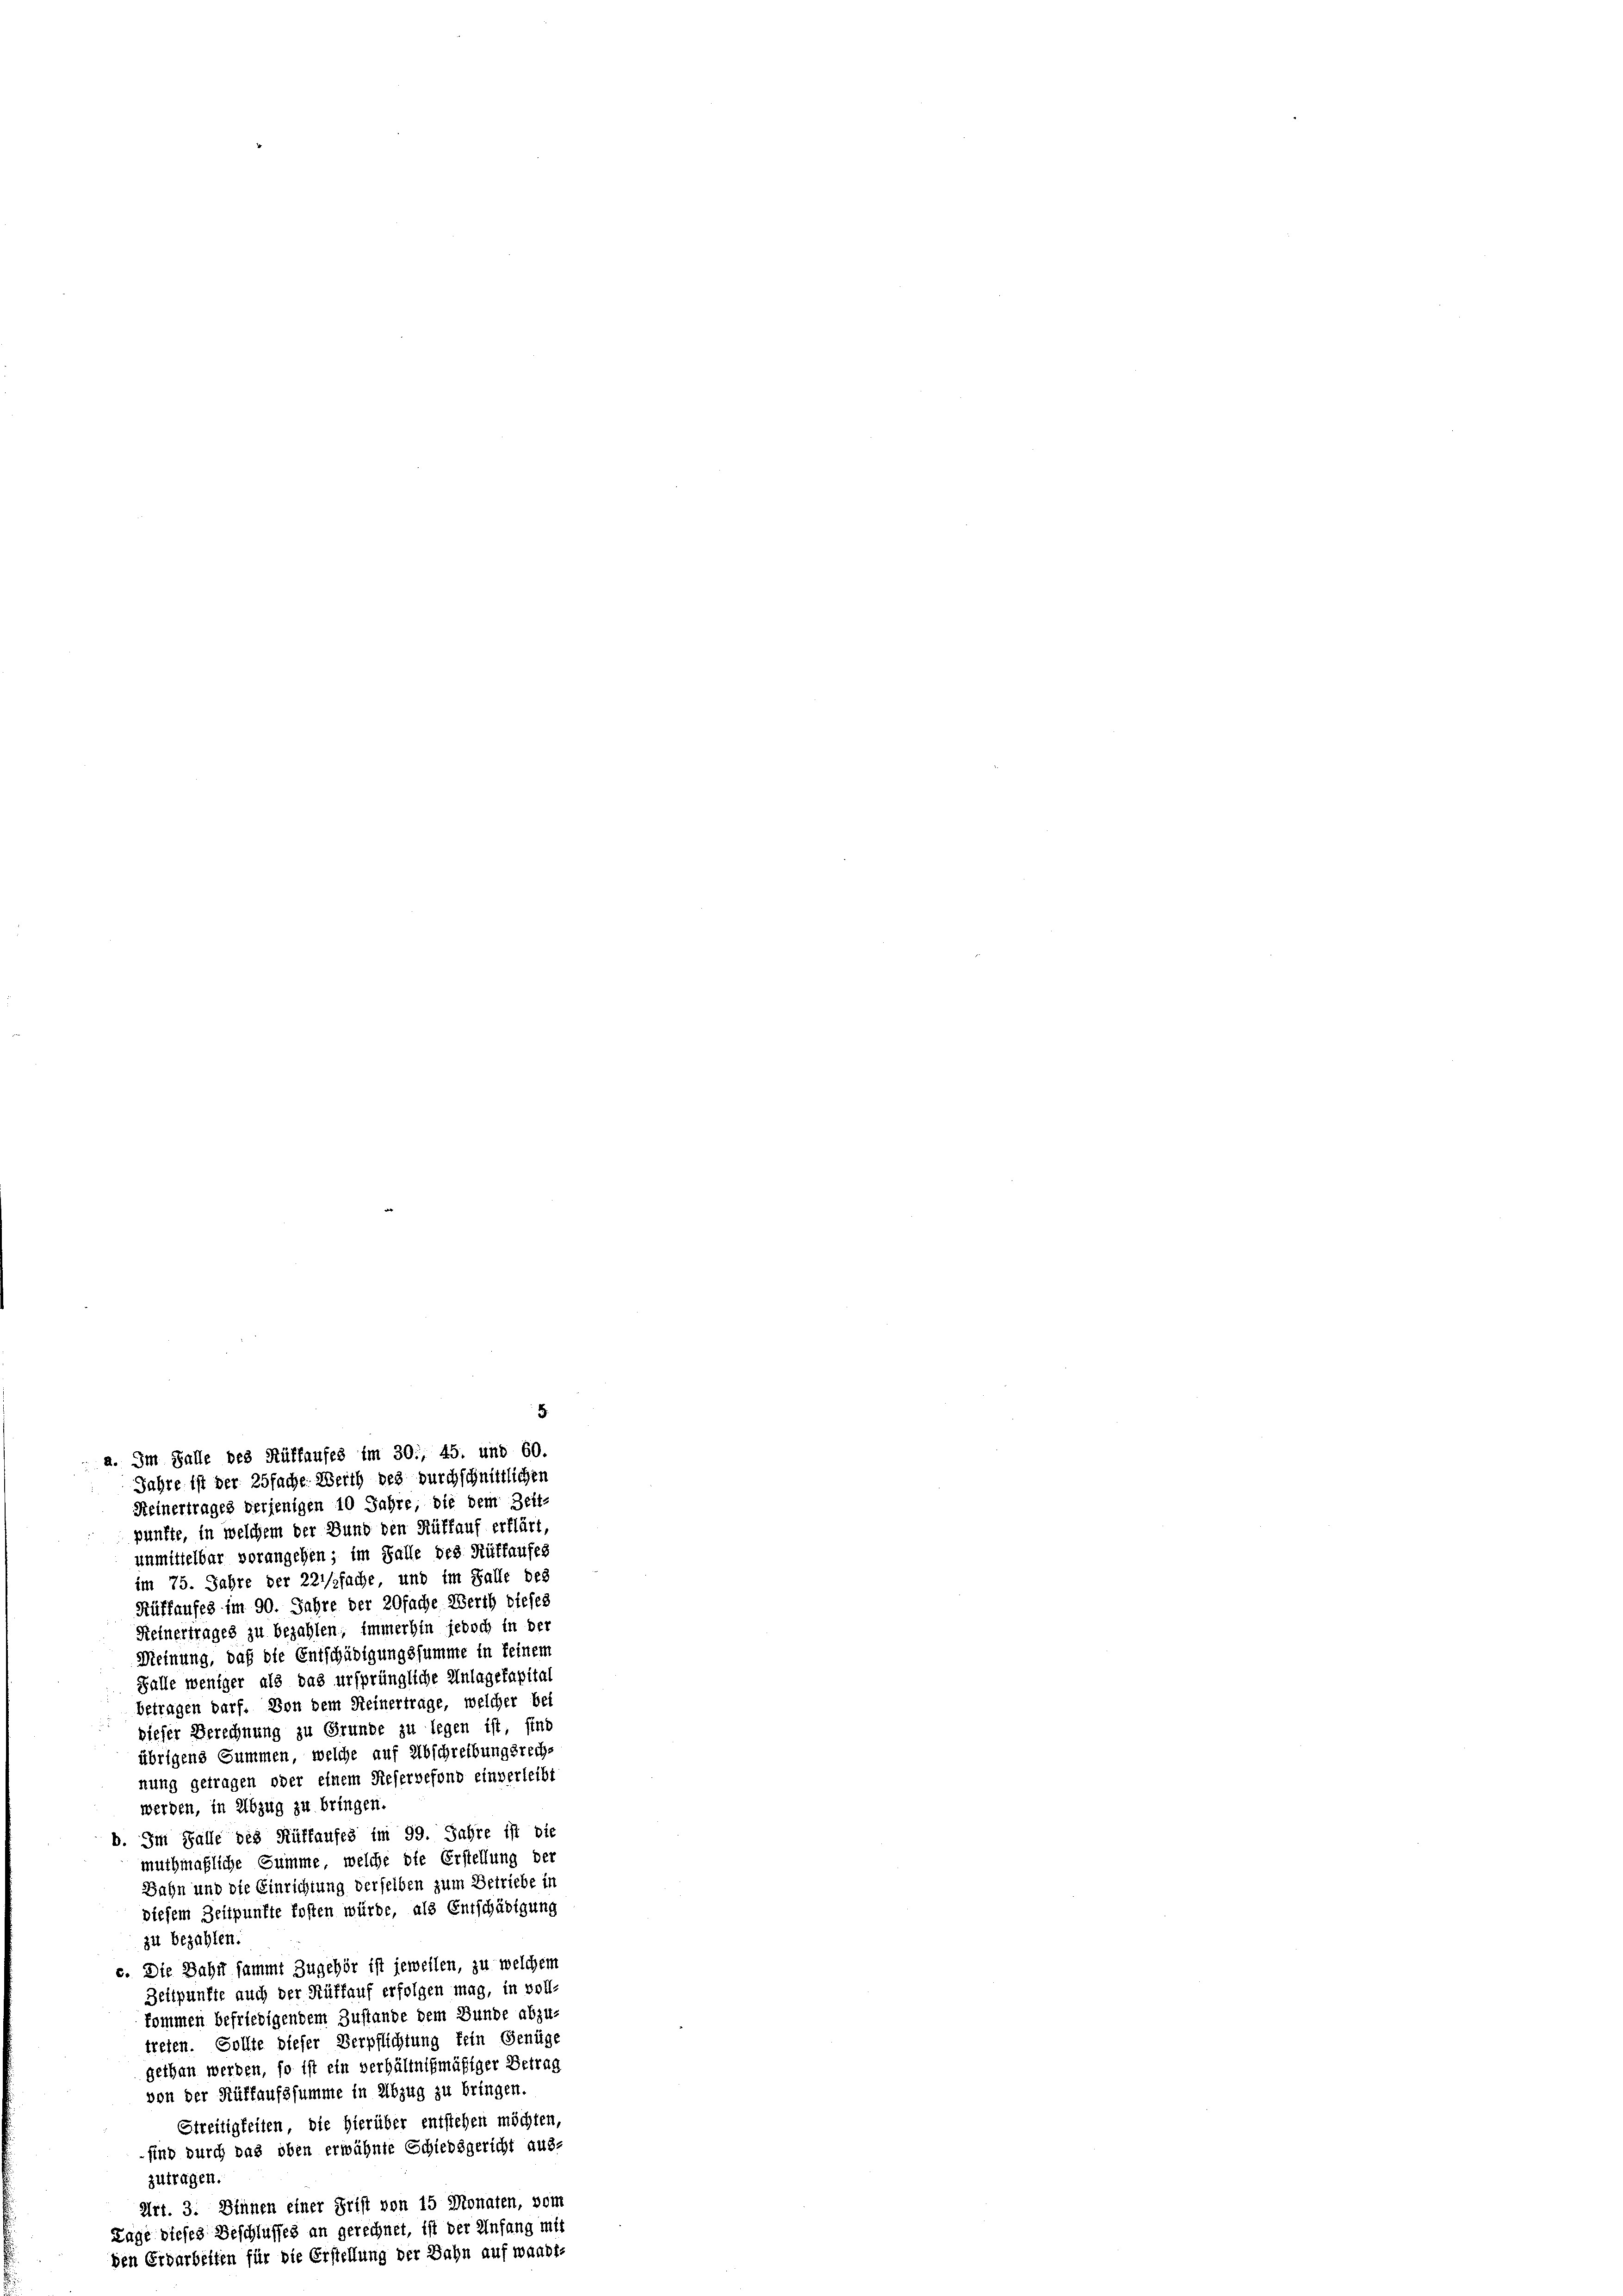
Heinertrages derjenigen 10 Jahre die dem Bett-
pünfte, in welchem der Bund den Rütfauf erklärt,
unmittelbar vorangehen; im Falle des Rüffaufes
im 75. Jahre der 221/2fache und im Falle des
Rüffaufes im 90. Jahre der 20fache Werth dieses
Reinertrages zu bezahlen, immerhin jedoch in der
Meinung, daß die Entschädigungssumme in keinem
Falle weniger als das ursprüngliche Anlagekapital
betragen darf. Von dem Reinertrage, welcher bei
dieser Berechnung zu Grunde zu legen ist, sind
übrigens Summen, welche auf Abschreibungsrechs
nung getragen oder einem Rieservefond einverleibt
werden, in Abzug zu bringen.
b. Im Falle des Rüttaufes im 99. Jahre ist die
muthmaßliche Summe, welche die Erstellung der
Dahn und die Einrichtung derselben zum Betriebe in
diesem Zeitpunkte kosten würde, als Entschädigung
zu bezahlen.
c. Die Dahrt sammt Zugehör ist jeweilen, zu welchem
Zeitpunkte auch der Rüffauf erfolgen mag, in voll-
kommen befriedigendem Zustande dem Bunde abzu-
treten. Sollte dieser Verpflichtung fein Genüge
gethan werden, so ist ein verhältnißmäßiger Betrag
von der Rüffaufssumme in Abzug zu bringen.
Streitigkeiten, die hierüber entstehen möchten,
sind durch das oben erwähnte Schiedsgericht aus-
zutragen.
Art. 3. Dienen einer Frist von 15 Monaten, vom
Lage dieses Beschlusses an gerechnet, ist der Anfang mit
en Erdarbeiten für die Erstellung der Bahn auf waadt-

a. Im Falle bei Rüffaufes im 30., 45. und 60.
Jahre ist der Zöfache. Weith des durchschnittlichen

5